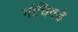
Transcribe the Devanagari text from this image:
गोचिवडे